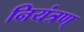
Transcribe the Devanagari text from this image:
नियंत्रण्‌